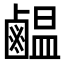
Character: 𪉸